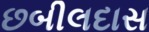
છબીલદાસ